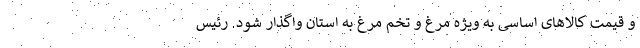
و قیمت کالاهای اساسی به ویژه مرغ و تخم مرغ به استان واگذار شود. رئیس